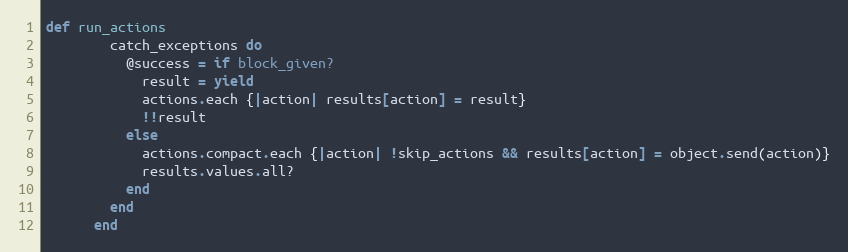
Language: Ruby
def run_actions
        catch_exceptions do
          @success = if block_given?
            result = yield
            actions.each {|action| results[action] = result}
            !!result
          else
            actions.compact.each {|action| !skip_actions && results[action] = object.send(action)}
            results.values.all?
          end
        end
      end